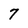
Character: 7